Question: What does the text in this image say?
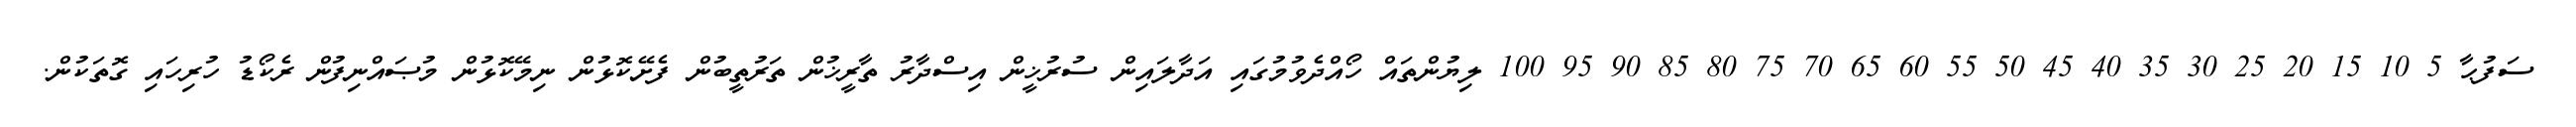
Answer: ސަފުޙާ 5 10 15 20 25 30 35 40 45 50 55 60 65 70 75 80 85 90 95 100 ލިޔުންތައް ހޯއްދެވުމުގައި އަދާލައިން ސުރުޚީން އިސްދާރު ތާރީޚުން ތަރުތީބުން ފެށޭކޮޅުން ނިމޭކޮޅުން މުޞައްނިފުން ރެކޯޑު ހުރިހައި ގޮތަކުން.